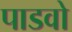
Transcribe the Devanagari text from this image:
पाडवो